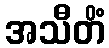
အသီတိံ